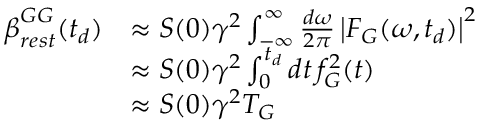
\begin{array} { r l } { \boldsymbol { \beta } _ { r e s t } ^ { G G } ( t _ { d } ) } & { \approx \boldsymbol { S } ( 0 ) \gamma ^ { 2 } \int _ { \mathbb { - \infty } } ^ { \infty } \frac { d \omega } { 2 \pi } \left| F _ { G } ( \omega , t _ { d } ) \right| ^ { 2 } } \\ & { \approx \boldsymbol { S } ( 0 ) \gamma ^ { 2 } \int _ { 0 } ^ { t _ { d } } d t \, f _ { G } ^ { 2 } ( t ) } \\ & { \approx \boldsymbol { S } ( 0 ) \gamma ^ { 2 } T _ { G } } \end{array}